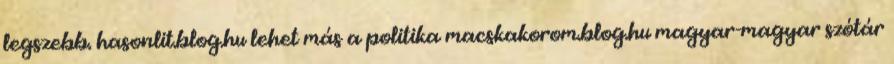
legszebb. hasonlit.blog.hu lehet más a politika macskakorom.blog.hu magyar-magyar szótár